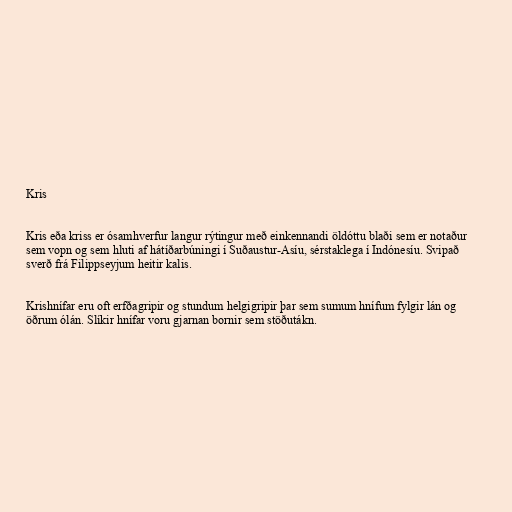
Kris

Kris eða kriss er ósamhverfur langur rýtingur með einkennandi öldóttu blaði sem er notaður
sem vopn og sem hluti af hátíðarbúningi í Suðaustur-Asíu, sérstaklega í Indónesíu. Svipað
sverð frá Filippseyjum heitir kalis.

Krishnífar eru oft erfðagripir og stundum helgigripir þar sem sumum hnífum fylgir lán og
öðrum ólán. Slíkir hnífar voru gjarnan bornir sem stöðutákn.